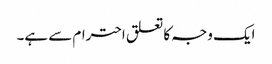
ایک وجہ کا تعلق احترام سے ہے۔